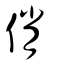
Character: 俏